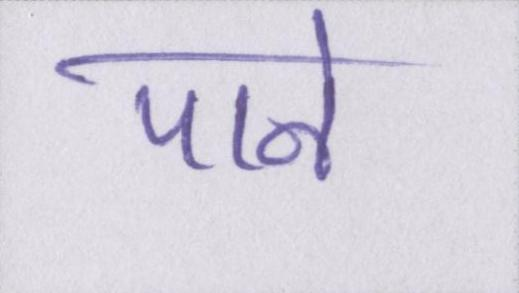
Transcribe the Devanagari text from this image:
पाने